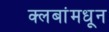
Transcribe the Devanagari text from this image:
क्लबांमधून